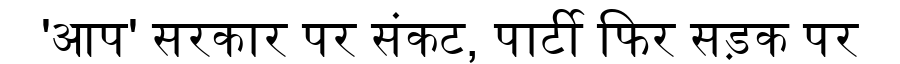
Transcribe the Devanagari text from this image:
'आप' सरकार पर संकट, पार्टी फिर सड़क पर